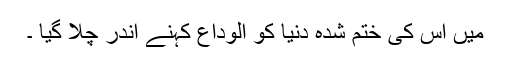
میں اس کی ختم شدہ دنیا کو الوداع کہنے اندر چلا گیا ۔